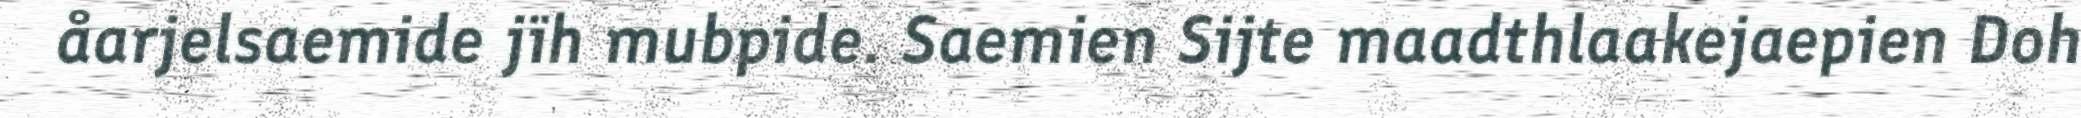
åarjelsaemide jïh mubpide. Saemien Sijte maadthlaakejaepien Doh